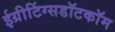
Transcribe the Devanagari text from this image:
ईग्रीटिंग्सडॉटकॉम